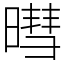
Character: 暳